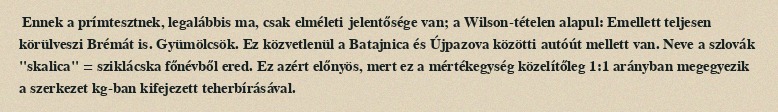
Ennek a prímtesztnek, legalábbis ma, csak elméleti jelentősége van; a Wilson-tételen alapul: Emellett teljesen körülveszi Brémát is. Gyümölcsök. Ez közvetlenül a Batajnica és Újpazova közötti autóút mellett van. Neve a szlovák "skalica" = sziklácska főnévből ered. Ez azért előnyös, mert ez a mértékegység közelítőleg 1:1 arányban megegyezik a szerkezet kg-ban kifejezett teherbírásával.